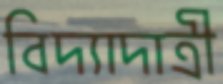
বিদ্যাদাত্রী